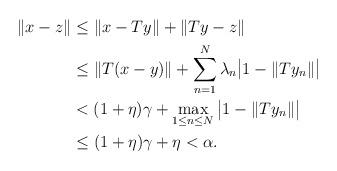
LaTeX: \begin{align*} \|x-z\| &\le \|x-Ty\|+ \|Ty - z\|\\ & \le \|T(x -y)\| + \sum_{n=1}^N\lambda_n\big|1 - \|Ty_n\|\big| \\ &< (1+ \eta)\gamma + \max_{1 \le n \le N}{\big|1 - \|Ty_n\|\big|}\\ & \le (1+ \eta)\gamma + \eta < \alpha. \end{align*}